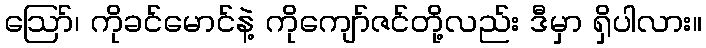
ဪ၊ ကိုခင်မောင်နဲ့ ကိုကျော်ဇင်တို့လည်း ဒီမှာ ရှိပါလား။